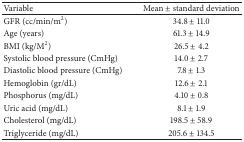
| Variable | Mean ± standard deviation |
 | --- | --- |
 | GFR (cc/min/m2) | 34.8 ± 11.0 |
 | Age (years) | 61.3 ± 14.9 |
 | BMI (kg/M2) | 26.5 ± 4.2 |
 | Systolic blood pressure (CmHg) | 14.0 ± 2.7 |
 | Diastolic blood pressure (CmHg) | 7.8 ± 1.3 |
 | Hemoglobin (gr/dL) | 12.6 ± 2.1 |
 | Phosphorus (mg/dL) | 4.10 ± 0.8 |
 | Uric acid (mg/dL) | 8.1 ± 1.9 |
 | Cholesterol (mg/dL) | 198.5 ± 58.9 |
 | Triglyceride (mg/dL) | 205.6 ± 134.5 |